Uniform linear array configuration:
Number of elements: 32
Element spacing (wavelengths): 1
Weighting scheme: hamming
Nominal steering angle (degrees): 60
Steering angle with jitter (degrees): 58.138
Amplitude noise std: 0.05
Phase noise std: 0.05

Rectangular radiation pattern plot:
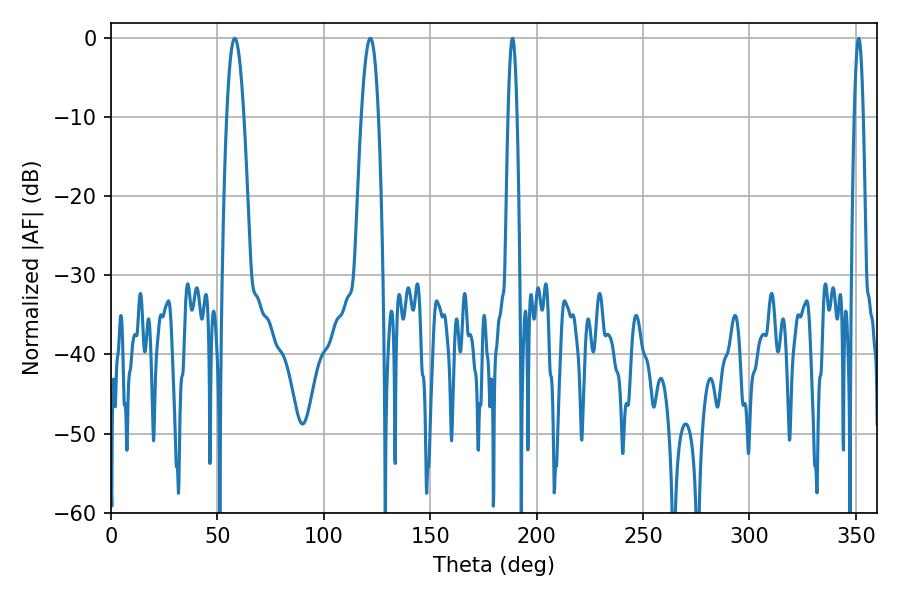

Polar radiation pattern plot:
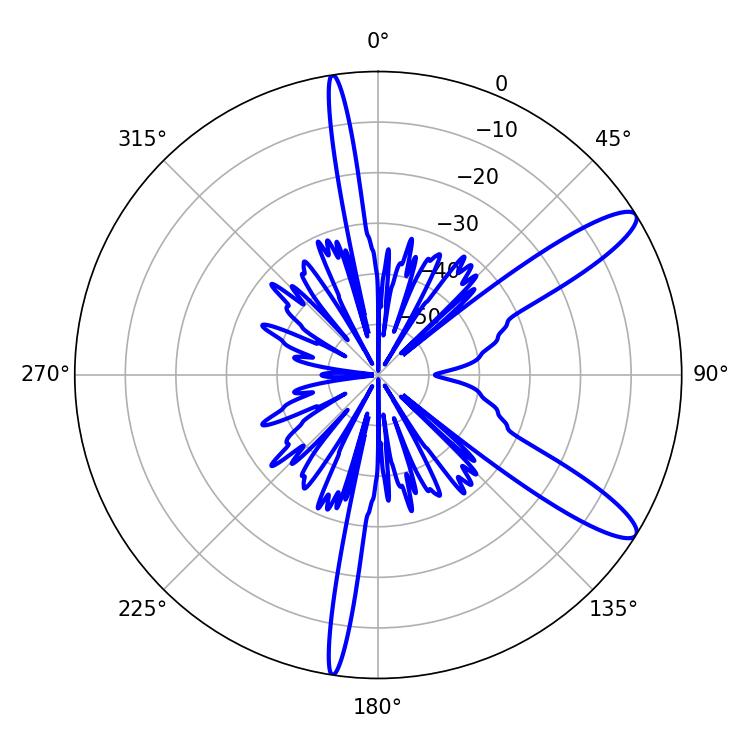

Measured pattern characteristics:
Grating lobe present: TRUE
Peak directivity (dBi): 11.889
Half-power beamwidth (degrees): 4.5
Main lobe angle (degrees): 58.14